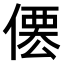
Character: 𠍍